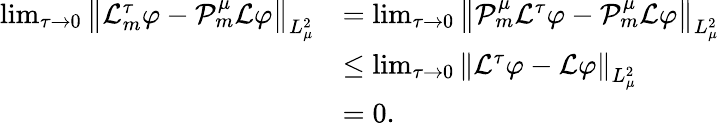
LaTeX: \begin{array}{rl}{\operatorname*{lim}_{\tau\to 0}\left\| \mathcal{L}_{m}^{\tau}\varphi-\mathcal{P}_{m}^{\mu}\mathcal{L}\varphi\right\| _{L_{\mu}^{2}}}&{=\operatorname*{lim}_{\tau\to 0}\left\| \mathcal{P}_{m}^{\mu}\mathcal{L}^{\tau}\varphi-\mathcal{P}_{m}^{\mu}\mathcal{L}\varphi\right\| _{L_{\mu}^{2}}}\\ &{\leq\operatorname*{lim}_{\tau\to 0}\left\| \mathcal{L}^{\tau}\varphi-\mathcal{L}\varphi\right\| _{L_{\mu}^{2}}}\\ &{=0.}\end{array}